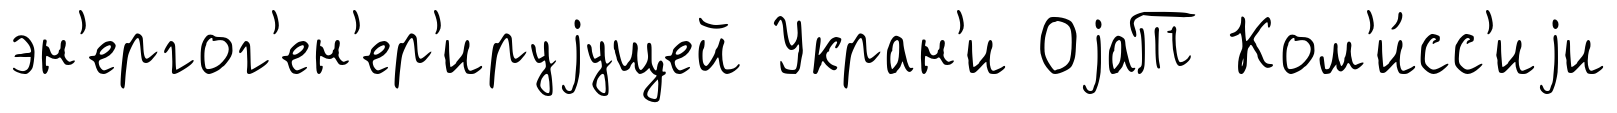
эн'ергог'ен'ер'ируjущей Укран'и ОjаТ Ком'и́сс'иjи